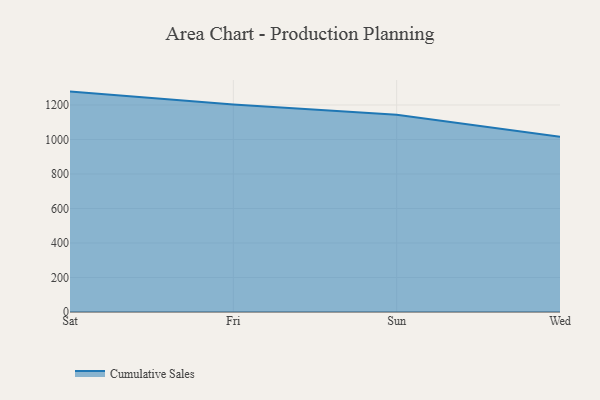
{"axis": {"x": "Day", "y": "Tickets Resolved"}, "legend": ["Cumulative Sales"], "data": [{"x": "Sat", "y": 1277.5, "type": "Cumulative Sales"}, {"x": "Fri", "y": 1202.1, "type": "Cumulative Sales"}, {"x": "Sun", "y": 1143.8, "type": "Cumulative Sales"}, {"x": "Wed", "y": 1016.3, "type": "Cumulative Sales"}]}